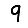
Digit: 9